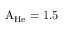
\mathrm { A _ { H e } } = 1 . 5 \